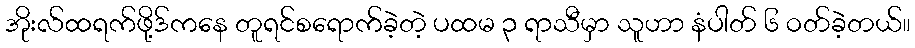
အိုးလ်ထရက်ဖို့ဒ်ကနေ တူရင်စရောက်ခဲ့တဲ့ ပထမ ၃ ရာသီမှာ သူဟာ နံပါတ် ၆ ဝတ်ခဲ့တယ်။